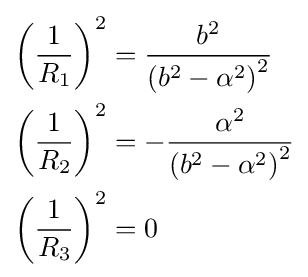
\scriptstyle {\begin{aligned}\left({\frac {1}{R_{1}}}\right)^{2}&={\frac {b^{2}}{\left(b^{2}-\alpha ^{2}\right)^{2}}}\\\left({\frac {1}{R_{2}}}\right)^{2}&=-{\frac {\alpha ^{2}}{\left(b^{2}-\alpha ^{2}\right)^{2}}}\\\left({\frac {1}{R_{3}}}\right)^{2}&=0\end{aligned}}